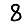
Digit: 8